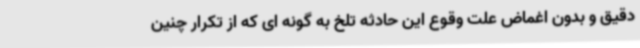
دقیق و بدون اغماض علت وقوع این حادثه تلخ به گونه ای که از تکرار چنین